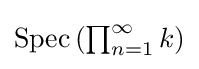
{\textstyle \operatorname {Spec} \left(\prod _{n=1}^{\infty }k\right)}